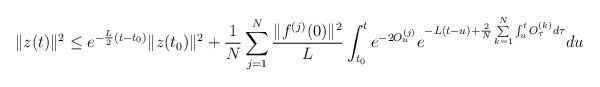
LaTeX: \begin{align*}\|z(t)\|^2\leq e^{-\frac{L}{2}(t-t_0)}\|z(t_0)\|^2 +\frac{1}{N}\sum\limits_{j=1}^{N}\frac{\|f^{(j)}(0)\|^2}{L}\int_{t_0}^{t}e^{-2O_{u}^{(j)}}e^{-L(t-u)+\frac{2}{N}\sum\limits_{k=1}^{N}\int_{u}^{t}O_{\tau}^{(k)}d\tau }du\end{align*}